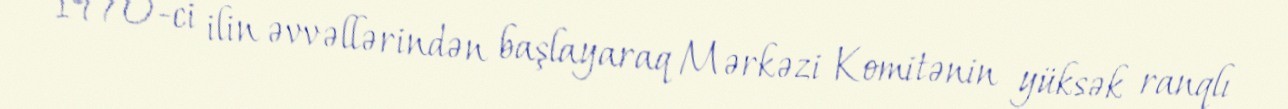
1970-ci ilin əvvəllərindən başlayaraq Mərkəzi Komitənin yüksək ranqlı